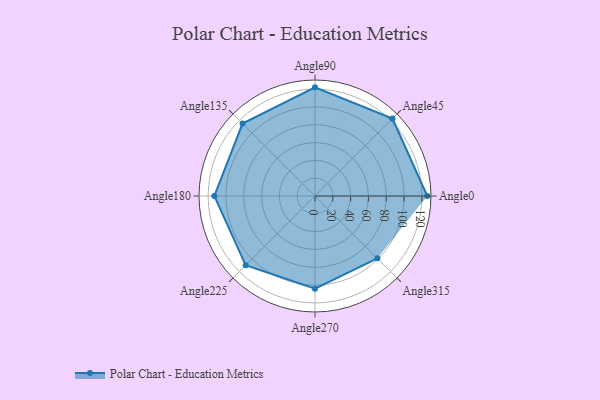
{"axis": {"x": "Angle", "y": "Radius"}, "legend": [""], "data": [{"x": "Angle0", "y": 126.0, "type": ""}, {"x": "Angle45", "y": 123.0, "type": ""}, {"x": "Angle90", "y": 122.0, "type": ""}, {"x": "Angle135", "y": 115.0, "type": ""}, {"x": "Angle180", "y": 113.0, "type": ""}, {"x": "Angle225", "y": 110.0, "type": ""}, {"x": "Angle270", "y": 104.0, "type": ""}, {"x": "Angle315", "y": 99.0, "type": ""}]}